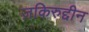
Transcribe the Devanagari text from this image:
ज़किरुद्दीन